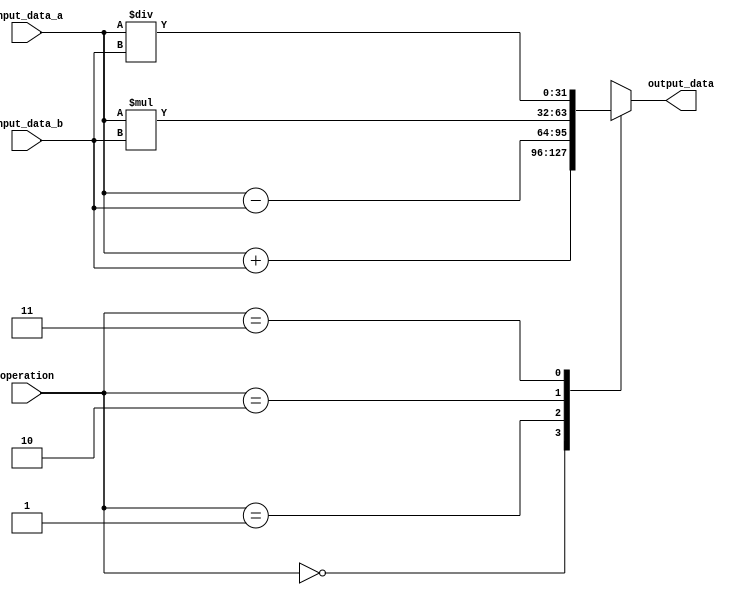
module arb_precision_float_unit (
    input wire signed [31:0] input_data_a,
    input wire signed [31:0] input_data_b,
    input wire [1:0] operation,
    output reg signed [31:0] output_data
);

always @ (*)
begin
    case(operation)
        2'b00: output_data = input_data_a + input_data_b; // addition
        2'b01: output_data = input_data_a - input_data_b; // subtraction
        2'b10: output_data = input_data_a * input_data_b; // multiplication
        2'b11: output_data = input_data_a / input_data_b; // division
    endcase
end

endmodule